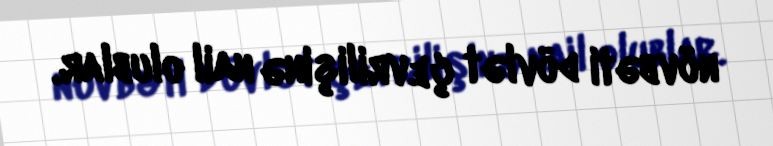
növbəti dövlət çevrilişinə nail olublar.